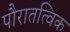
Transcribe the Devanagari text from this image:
पौरातत्विक